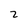
Character: 2